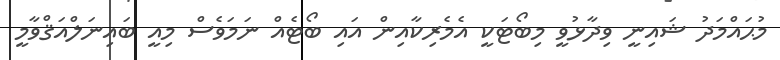
މުޙައްމަދު ޝައިނީ ވިދާޅުވީ މިބޯޓަކީ އެމެރިކާއިން އައި ބޯޓެއް ނަމަވެސް މިއީ ބައިނަލްއަޤްވާމީ